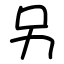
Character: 另